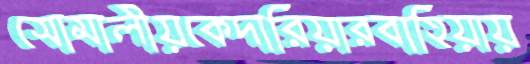
সোমালীয়কেদারিয়ারবাহিয়ায়